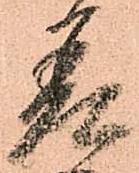
差